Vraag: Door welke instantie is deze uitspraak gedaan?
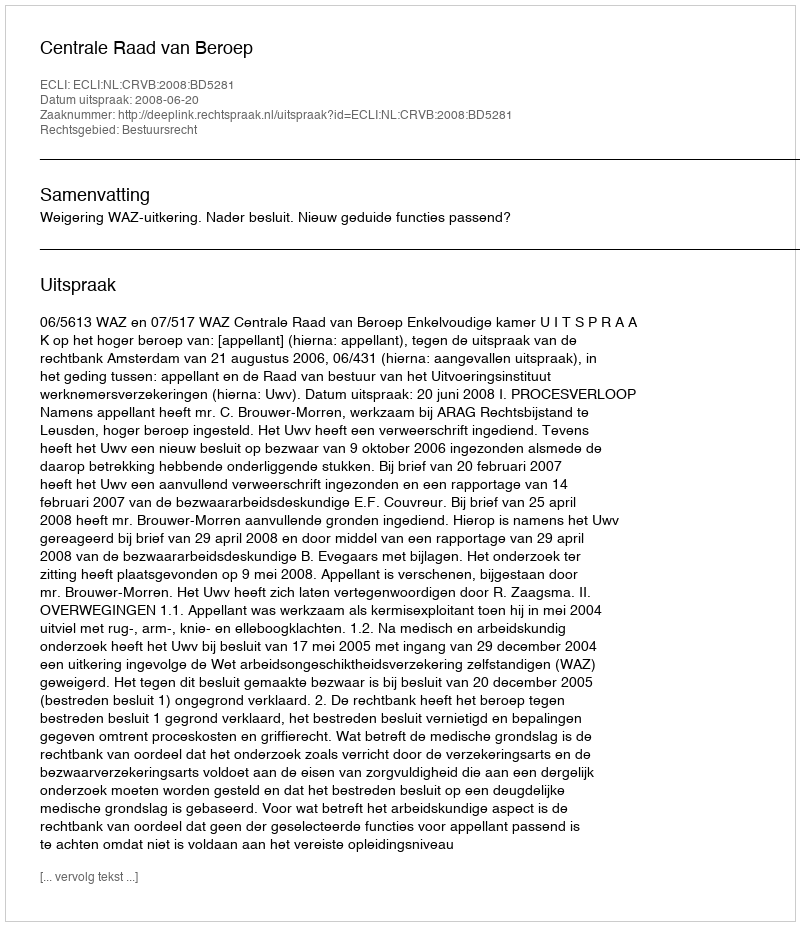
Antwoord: Centrale Raad van Beroep